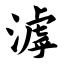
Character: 滹